Riigikantselei, lk 19
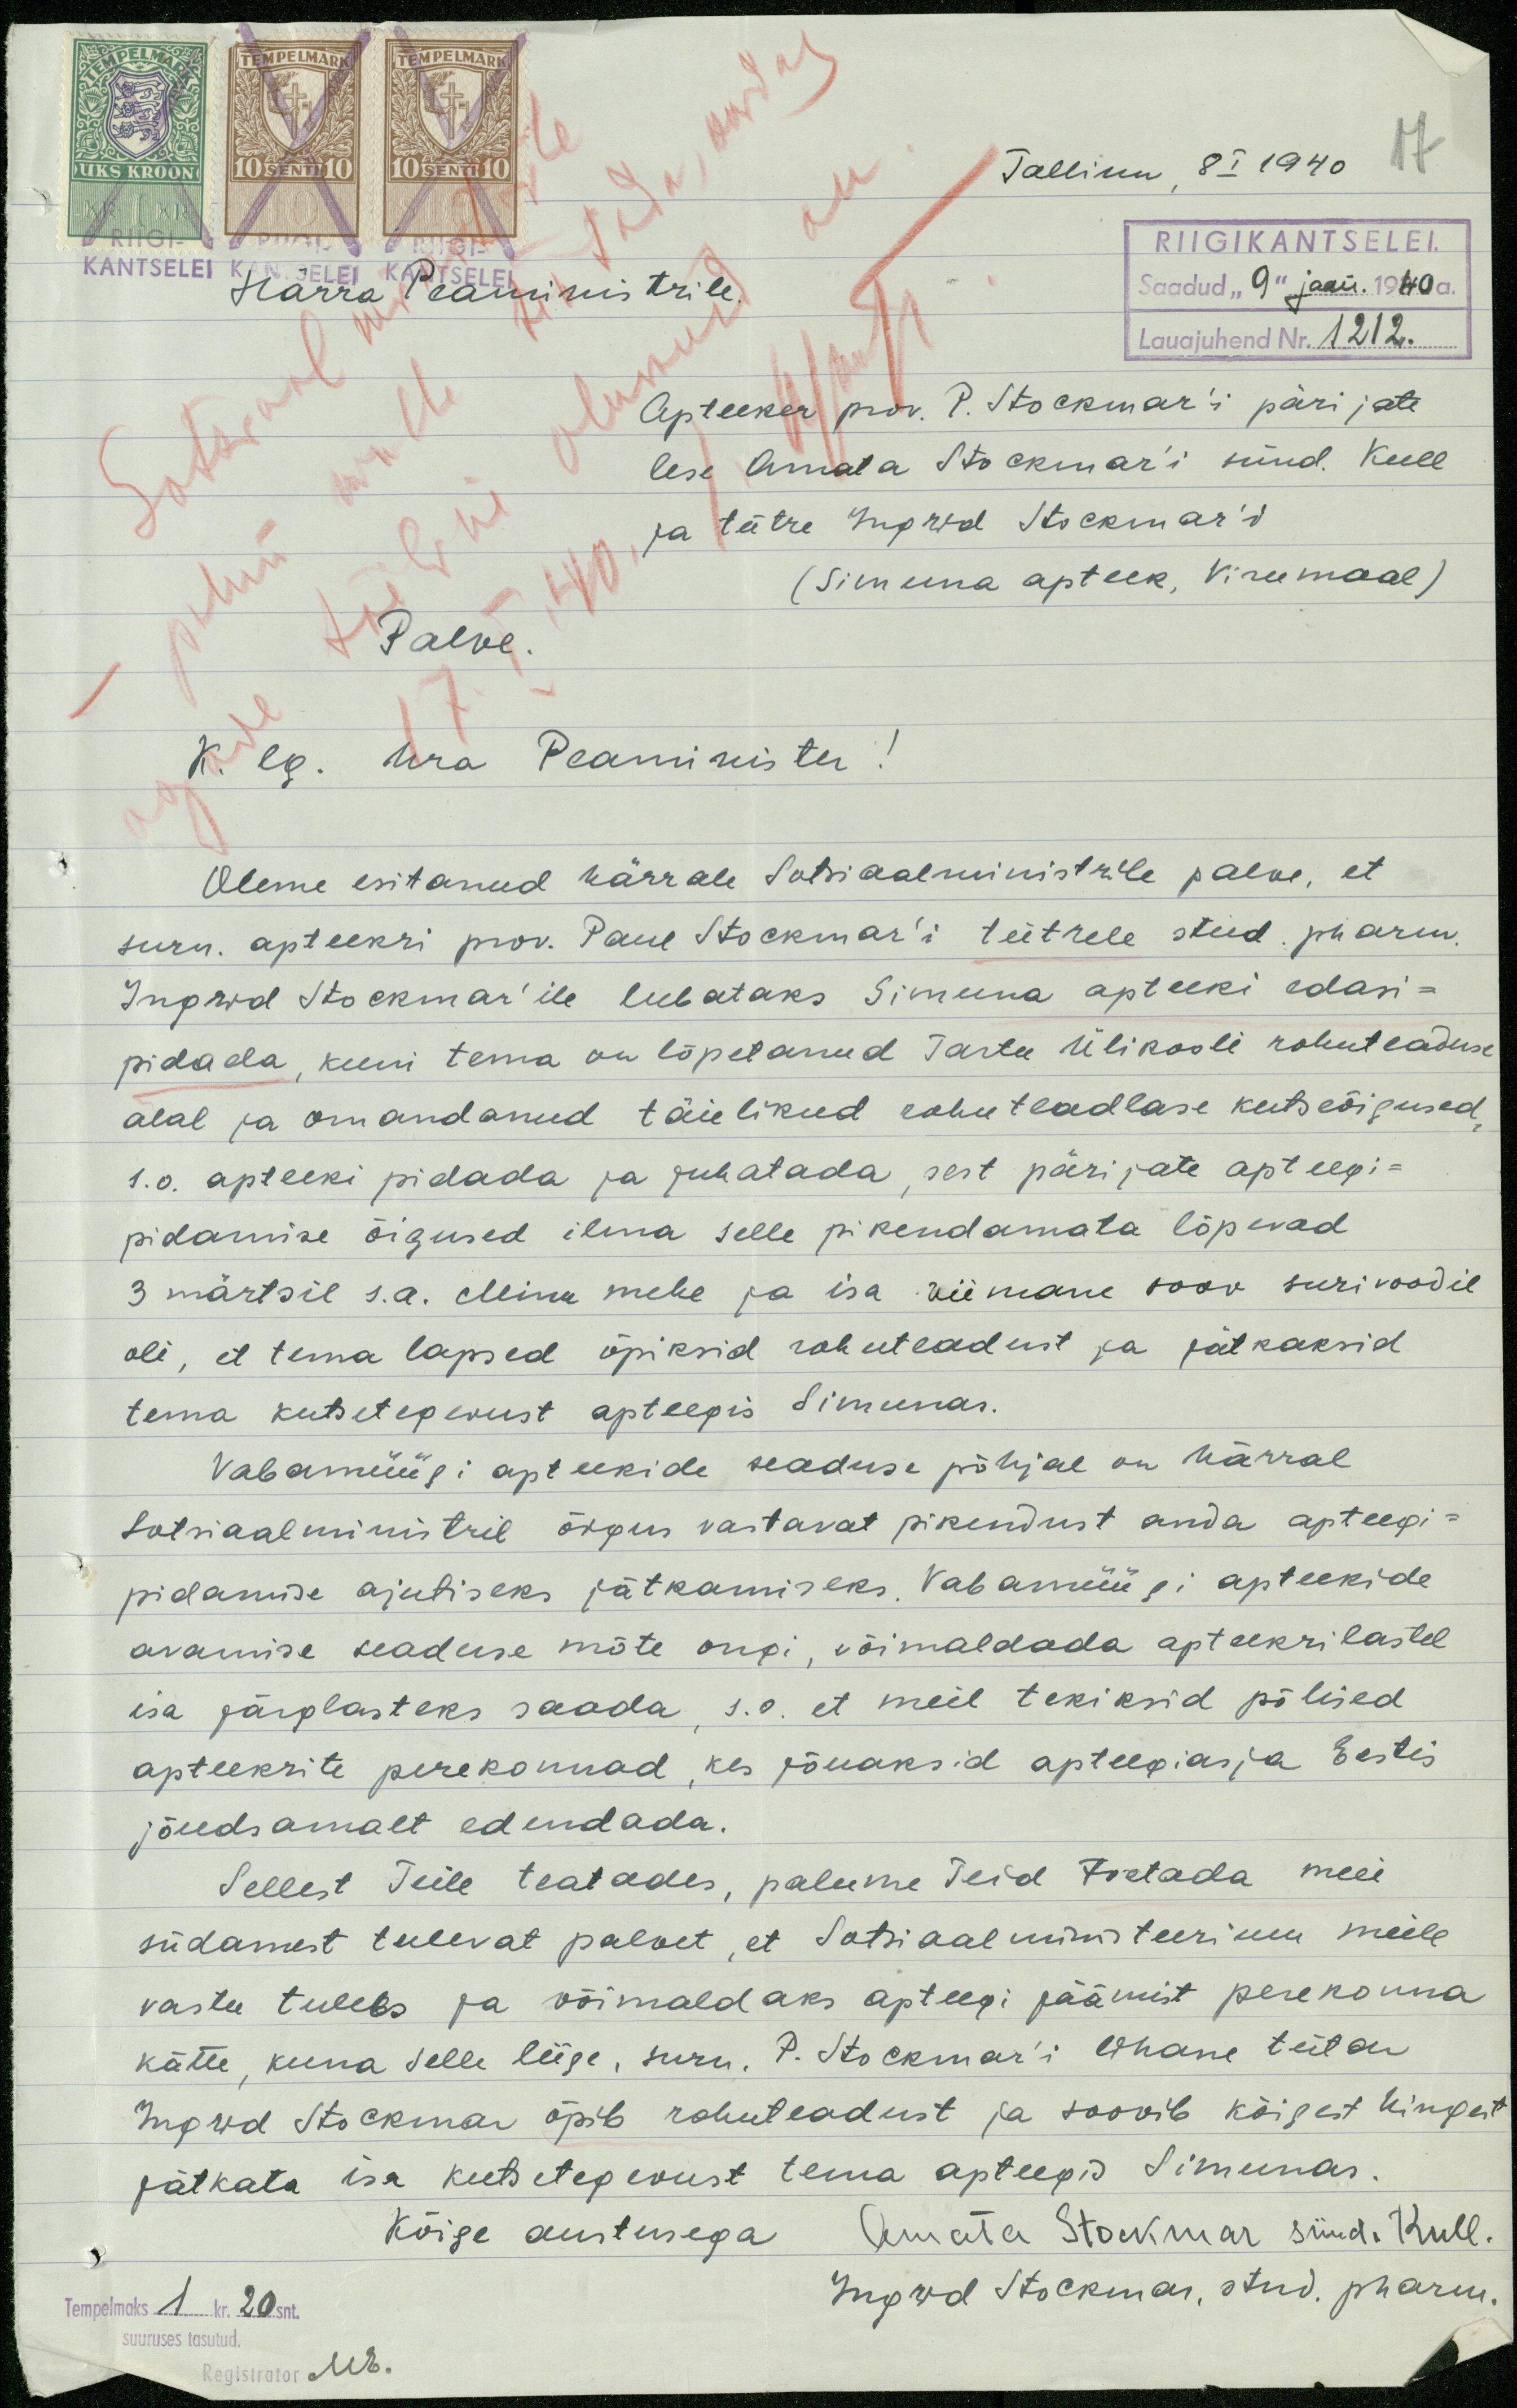
Tallinn, 8I 1940 17
RIIGIKANTSELEI.
KANTSELEI
Härra Peamimistrile.
Saadud "9" jaan. 1940 a.
Lauajuhend Nr. 1212
Apteeker prov. P. Stockmar'i pärijate
lese Amata Stockmar'i sünd. Kull
ja tütre Ingrid Stockmar'i
(Simuna apteek, Virumaal)
Palve.
V. lg. Hra Peamireister!
Oleme esitanud härrale sotsiaalministrile palve, et
surn. apteekri prov. Paul Stockmar'i teitrele stud. pharm
Ingrid Stockmar'ile lubataks Simuna apteeki edasi-
pidada, kuni tema on lõpetanud Tartu Ülikooli rohuteaduse
alal ja omandanud täielikud rohu teadlase kutseõigused,
s.o. apteeki pidada ja juhatada, sest pärijate apteegi-
pidamise õigused ilma selle pikendamata lõpevad
3 märtsil s.a. Minu mehe ja isa viimane soov surivoodil
oli, et tema lapsed õpiksid rohuteadust ja jätkaksid
tema kutsetegevust apteegis Simunas.
Vabamüügi apteekide seaduse põhjal on härral
Sotsiaalministril õigus vastavat pikendust anda apteegi-
pidamise ajutiseks jätkamiseks. Vabamüügi apteekide
avamise seaduse mõte ongi, võimaldada apteekrilastel
isa järglasteks saada s.o. et meil tekiksid põlised
apteekrite perekonnad, kes jõuaksid apteegiasja Eestis
jõudsamalt edendada.
Sellest Teile teatades, palume Teid toetada meie
südamest tulevat palvet, et Sotsiaalministeerium meile
vastu tuleks ja võimaldaks apteegi jäämist perekonna
kätte, kuna selle liige, surn. P. Stockmar'i lihane tütar
Ingrid Stockmar õpib rohuteadust ja soovib kõigest hingest
jätkata isa kutsetegevust tema apteegid Simunas.
Kõige austusega Amata Stokmar sünd. Kull.
Tempelmaks 1 kr. 20snt
Ingrid Stockmar, stud. pharm.
ME.